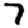
Digit: 7